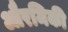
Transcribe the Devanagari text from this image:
औरमिकी